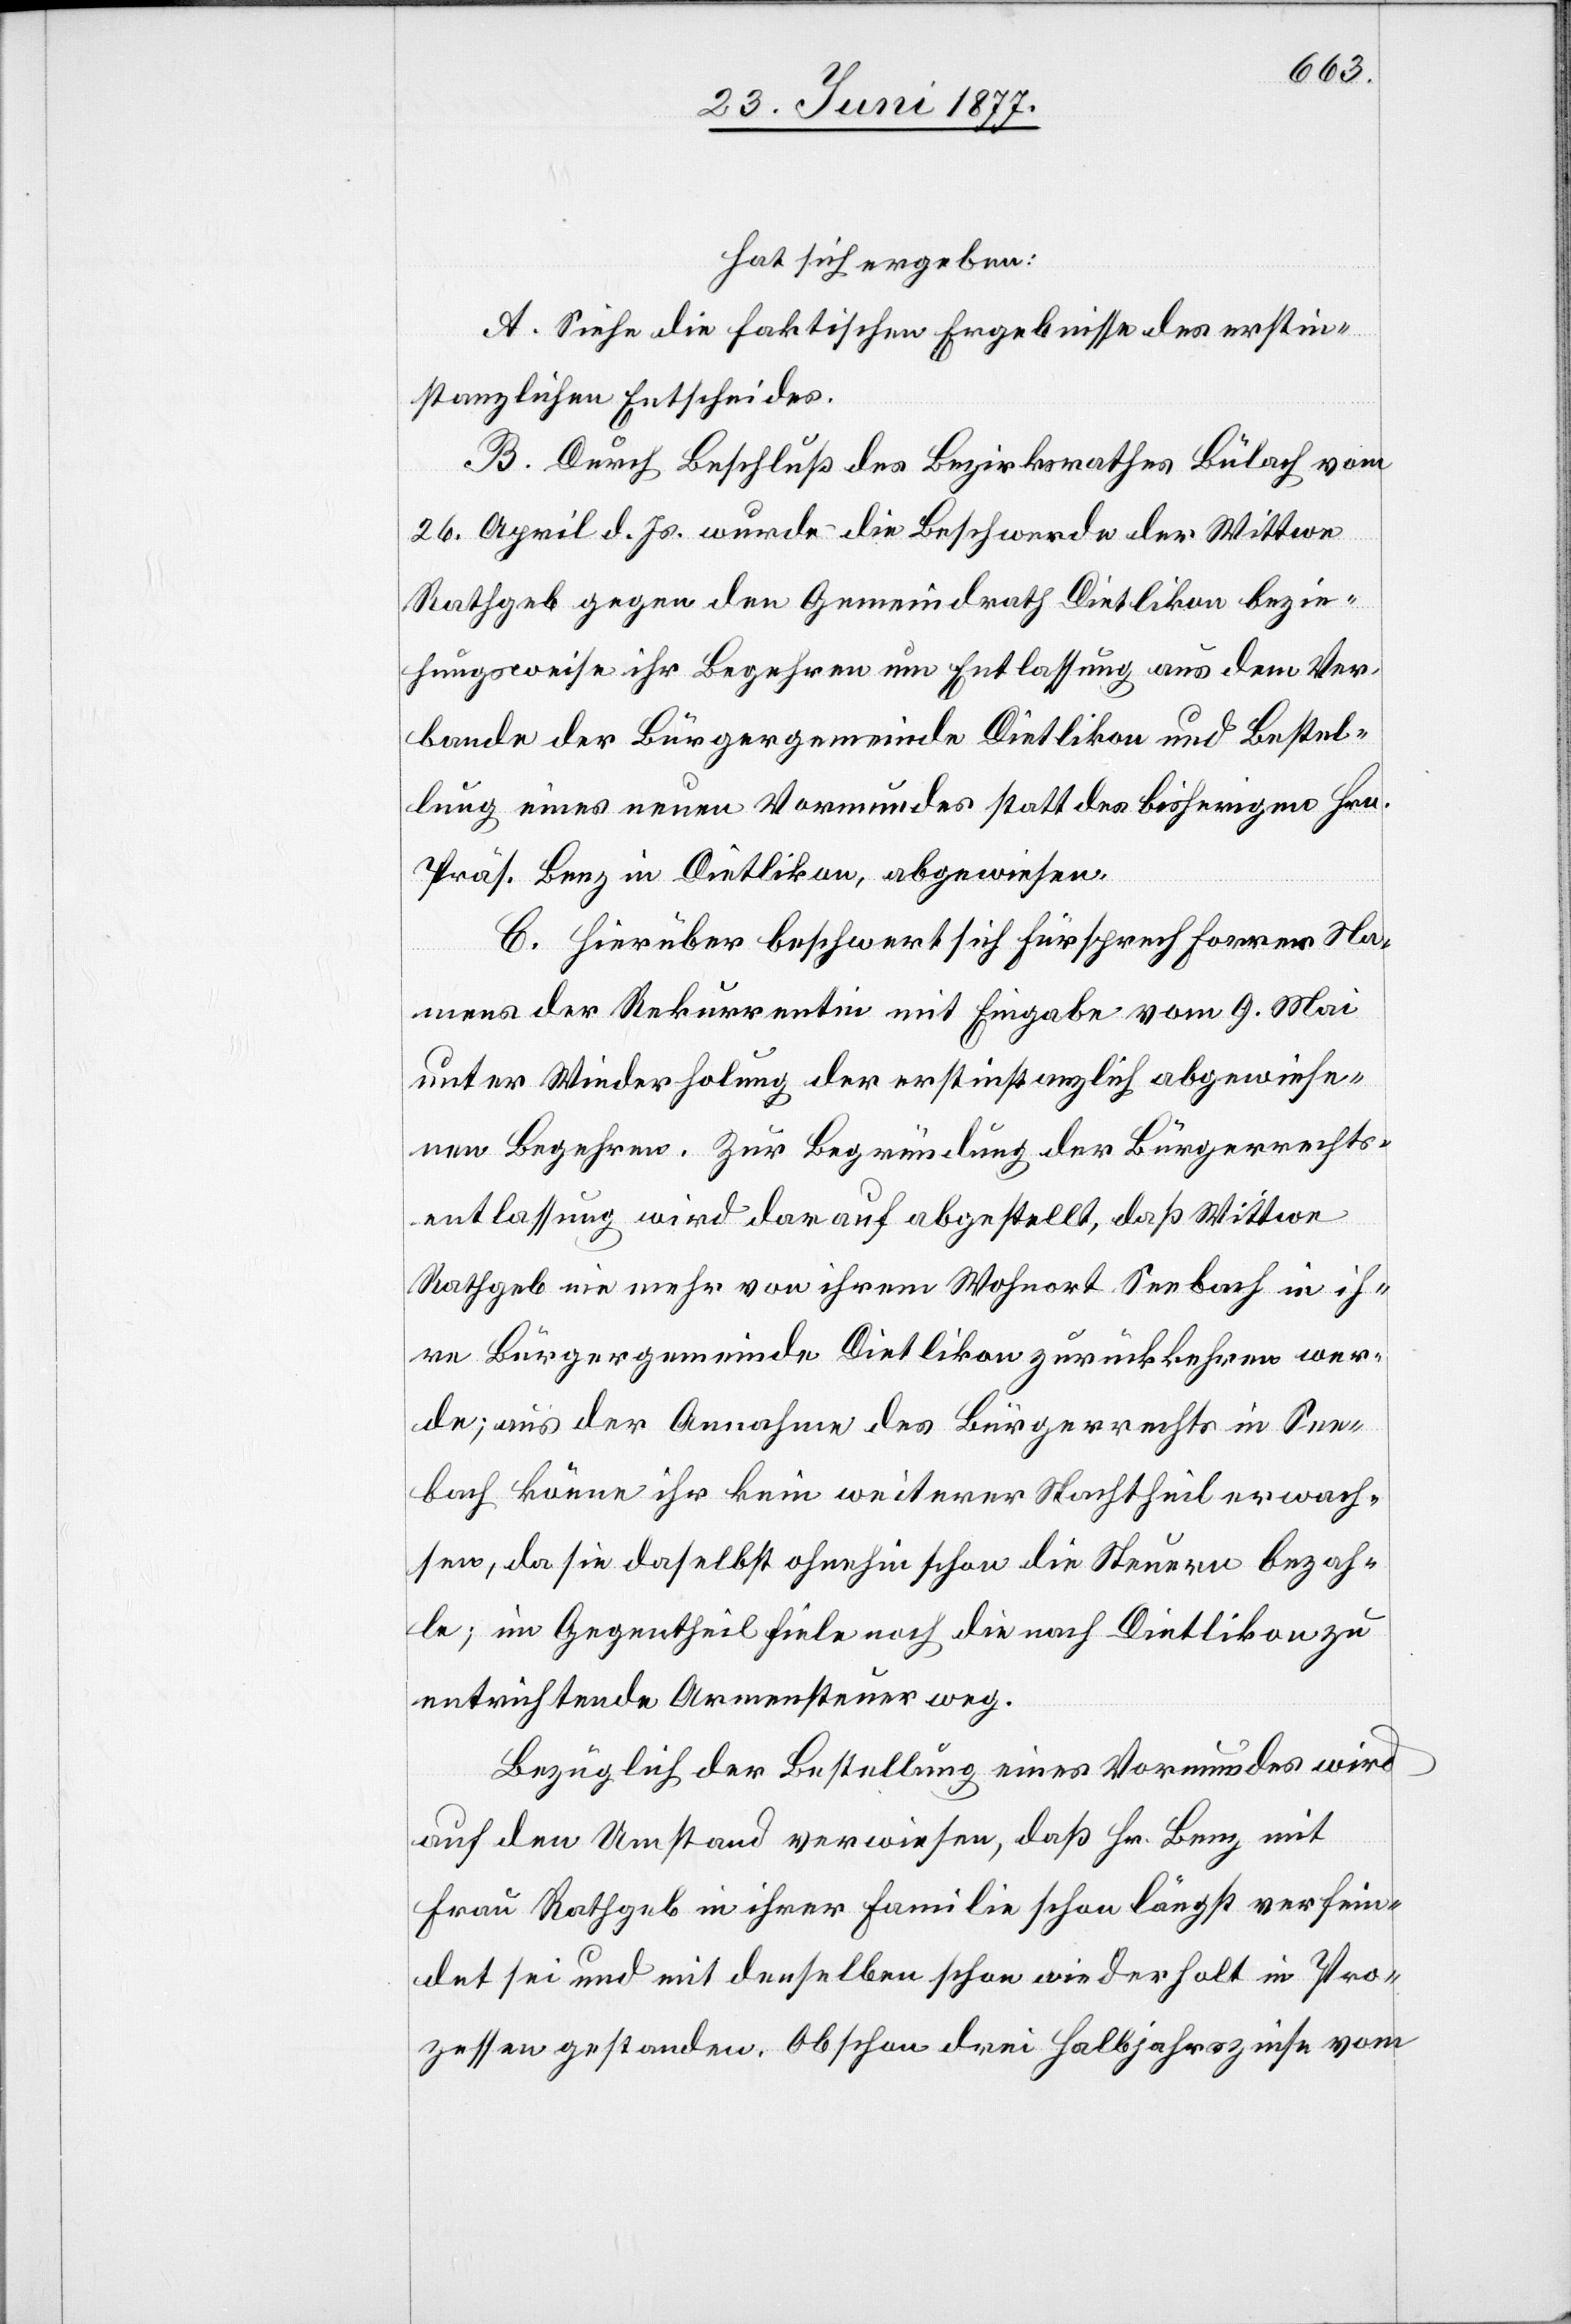
hat sich ergeben:
A. Siehe die faktischen Ergebnisse des erstin¬
stanzlichen Entscheides.
B. Durch Beschluß des Bezirksrathes Bülach vom
26. April d. Js. wurde die Beschwerde der Wittwe
Rathgeb gegen den Gemeindrath Dietlikon bezie¬
hungsweise ihr Begehren um Entlassung aus dem Ver¬
bande der Bürgergemeinde Dietlikon und Bestel¬
lung eines neuen Vormundes statt des bisherigen Hr.
Präs. Benz in Dietlikon, abgewiesen.
C. Hierüber beschwert sich Fürsprech Forrer Na¬
mens der Rekurrentin mit Eingabe vom 9. Mai
unter Wiederholung des erstinstanzlich abgewiese¬
nen Begehrens. Zur Begründung der Bürgerrechts¬
entlassung wird darauf abgestellt, daß Wittwe
Rathgeb nie mehr von ihrem Wohnort Seebach in ih¬
re Bürgergemeinde Dietlikon zurückkehren wer¬
de; aus der Annahme des Bürgerrechts in See¬
bach könne ihr kein weiterer Nachtheil erwach¬
sen, da sie daselbst ohnehin schon die Steuern bezah¬
le; im Gegentheil fiele noch die nach Dietlikon zu
entrichtende Armensteuer weg.
Bezüglich der Bestellung eines Vormundes wird
auf den Umstand verwiesen, daß Hr. Benz mit
Frau Rathgeb in ihrer Familie schon längst verfein¬
det sei und mit denselben schon wiederholt in Pro¬
zessen gestanden. Obschon drei Halbjahrszinse vom